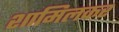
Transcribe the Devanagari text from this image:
शामिलकर